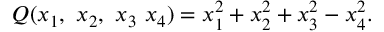
Q ( x _ { 1 } , \ x _ { 2 } , \ x _ { 3 } \ x _ { 4 } ) = x _ { 1 } ^ { 2 } + x _ { 2 } ^ { 2 } + x _ { 3 } ^ { 2 } - x _ { 4 } ^ { 2 } .